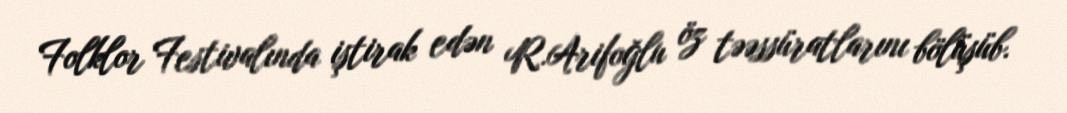
Folklor Festivalında iştirak edən R.Arifoğlu öz təəssüratlarını bölüşüb.